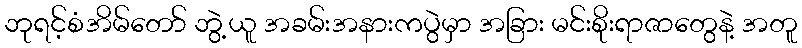
ဘုရင့်စံအိမ်တော် ဘွဲ့ယူ အခမ်းအနားကပွဲမှာ အခြား မင်းစိုးရာဇာတွေနဲ့ အတူ